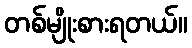
တစ်မျိုးစားရတယ်။